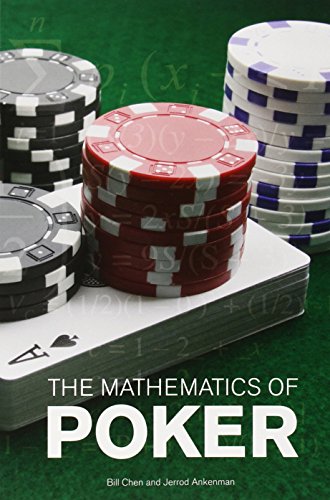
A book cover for The Mathematics of Poker; Bill Chen; Humor & Entertainment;